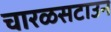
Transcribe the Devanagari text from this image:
चारळसटाउन